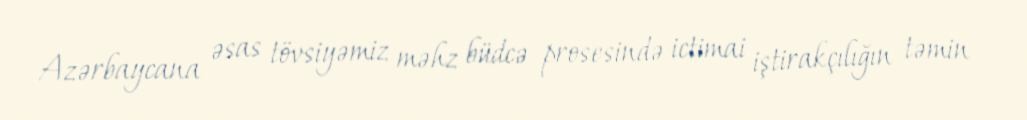
Azərbaycana əsas tövsiyəmiz məhz büdcə prosesində ictimai iştirakçılığın təmin